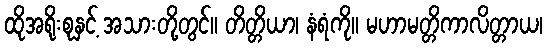
ထိုအရိုးစုနှင့် အသားတို့တွင်။ တိတ္တိယာ၊ နံရံကို။ မဟာမတ္တိကာလိတ္တာယ၊